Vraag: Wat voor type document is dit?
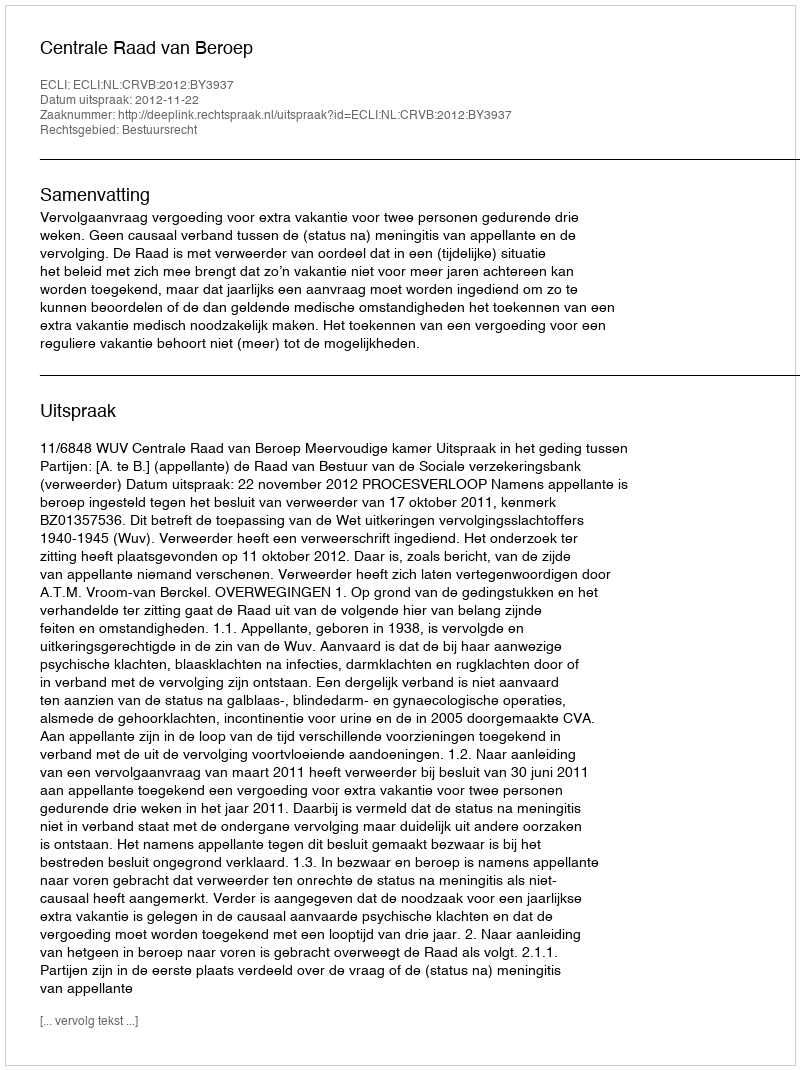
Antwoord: Uitspraak